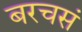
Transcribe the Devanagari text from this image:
बरचसं